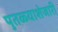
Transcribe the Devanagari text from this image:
पुतळ्याशेजारी